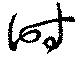
時